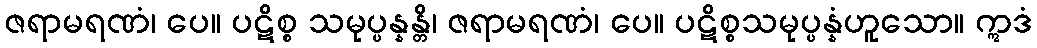
ဇရာမရဏံ၊ ပေ။ ပဋိစ္စ သမုပ္ပန္နန္တိ၊ ဇရာမရဏံ၊ ပေ။ ပဋိစ္စသမုပ္ပန္နံဟူသော။ ဣဒံ